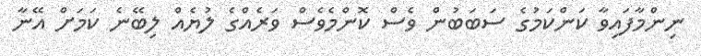
ނިންމާފައިވާ ކަންކަމުގެ ސަބަބުން ވެސް ކޮންމެވެސް ވަރެއްގެ ލުޔެއް ލިބޭނެ ކަމަށް އޭނާ